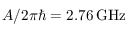
A / 2 \pi \hbar = 2 . 7 6 \, \mathrm { G H z }